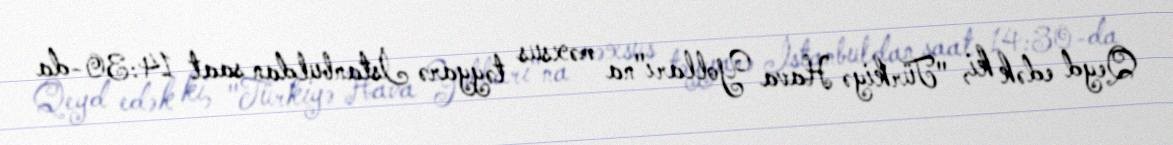
Qeyd edək ki, "Türkiyə Hava Yolları"na məxsus təyyarə İstanbuldan saat 14:30-da